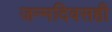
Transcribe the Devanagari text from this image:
जन्मदिवसही